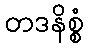
တဒနိစ္စံ